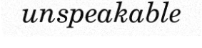
unspeakable